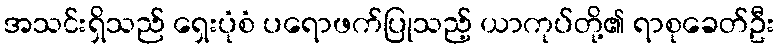
အသင်းရှိသည် ရှေးပုံစံ ပရောဖက်ပြုသည့် ယာကုပ်တို့၏ ရာစုခေတ်ဦး